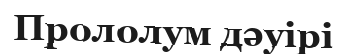
Прололум дәуірі